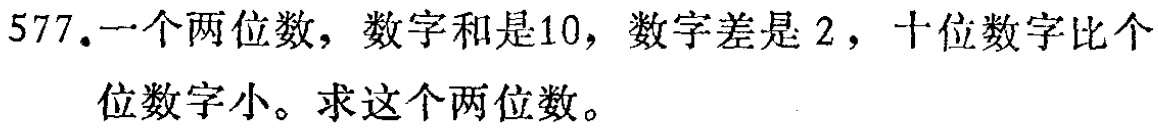
577.一个两位数，数字和是10，数字差是2，十位数字比个位数字小。求这个两位数。